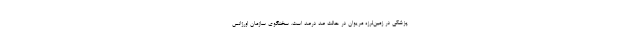
پزشکی در زمین‌لرزه مریوان در حالت صد درصد است. سخنگوی سازمان اورژانس